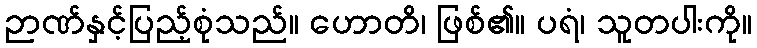
ဉာဏ်နှင့်ပြည့်စုံသည်။ ဟောတိ၊ ဖြစ်၏။ ပရံ၊ သူတပါးကို။